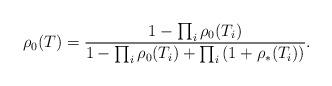
LaTeX: \begin{align*} \rho_0(T) = \frac{1 - \prod_i \rho_0(T_i)}{1 - \prod_i \rho_0(T_i) + \prod_i \left( 1 +\rho_*(T_i) \right)}.\end{align*}